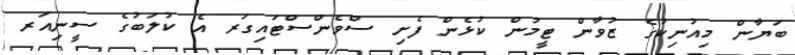
ބަޔާން މިއުނިކުގެ ޒުވާން ޓީމުން ކުޅެން ފެށި ސްވެންސްޓައިގަރ އެ ކުލަބުގެ ސީނިއަރ